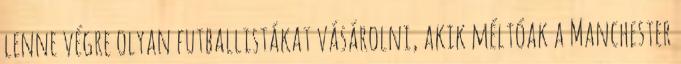
lenne végre olyan futballistákat vásárolni, akik méltóak a Manchester